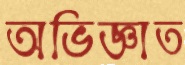
অভিজ্ঞাত